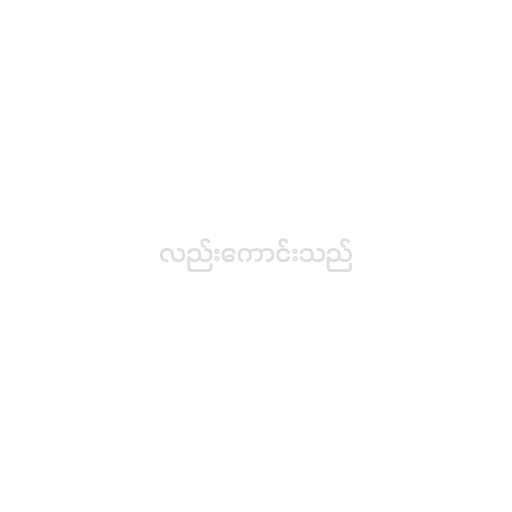
လည်းကောင်းသည်